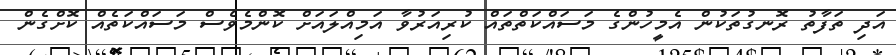
އަދި ތަފާތު ރޮނގުތަކުން އެމީހުންގެ މަސައްކަތްތައް ކުރިއަރުވާ އަމިއްލައަށް ކޮންމެވެސް މަސައްކަތެއް ކޮށްގެން